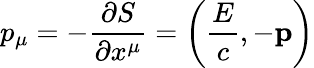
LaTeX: p_{\mu}=-{\frac{\partial S}{\partial x^{\mu}}}=\left({\frac{E}{c}},-\mathbf{p}\right)